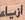
ازيا